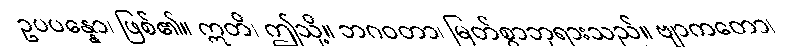
ဥပပန္နော၊ ဖြစ်၏။ ဣတိ၊ ဤသို့။ ဘဂဝတာ၊ မြတ်စွာဘုရားသည်။ ဗျာကတော၊